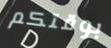
بوقتكم